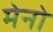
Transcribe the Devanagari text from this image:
मेनो